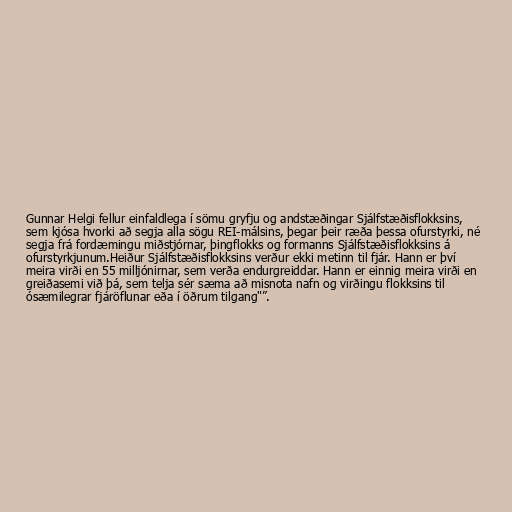
Gunnar Helgi fellur einfaldlega í sömu gryfju og andstæðingar Sjálfstæðisflokksins,
sem kjósa hvorki að segja alla sögu REI-málsins, þegar þeir ræða þessa ofurstyrki, né
segja frá fordæmingu miðstjórnar, þingflokks og formanns Sjálfstæðisflokksins á
ofurstyrkjunum.Heiður Sjálfstæðisflokksins verður ekki metinn til fjár. Hann er því
meira virði en 55 milljónirnar, sem verða endurgreiddar. Hann er einnig meira virði en
greiðasemi við þá, sem telja sér sæma að misnota nafn og virðingu flokksins til
ósæmilegrar fjáröflunar eða í öðrum tilgang"”.